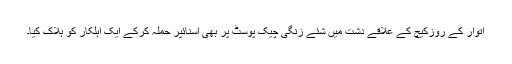
اتوار کے روزکیچ کے علاقے دشت میں شئے زنگی چیک پوسٹ پر بھی اسنائپر حملہ کرکے ایک اہلکار کو ہلاک کیا۔